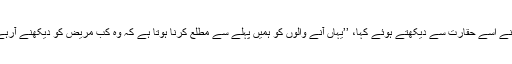
نرس نے اسے حقارت سے دیکھتے ہوئے کہا، ’’یہاں آنے والوں کو ہمیں پہلے سے مطلع کرنا ہوتا ہے کہ وہ کب مریض کو دیکھنے آرہے ہیں۔